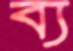
ব্য